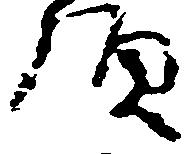
頭